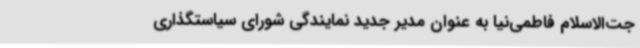
جت‌الاسلام فاطمی‌نیا به عنوان مدیر جدید نمایندگی شورای سیاستگذاری